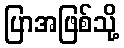
ပြာအဖြစ်သို့